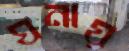
ঘনায়